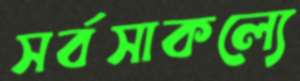
সর্বসাকল্যে